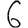
Digit: 6